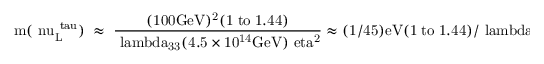
\mathrm { m ( \ n u _ { L } ^ { \ t a u } ) \; \approx \; \frac { ( 1 0 0 G e V ) ^ { 2 } ( 1 \; t o \; 1 . 4 4 ) } { \ l a m b d a _ { 3 3 } ( 4 . 5 \times 1 0 ^ { 1 4 } G e V ) \ e t a ^ { 2 } } \approx ( 1 / 4 5 ) e V ( 1 \; t o \; 1 . 4 4 ) / \ l a m b d a _ { 3 3 } \ e t a ^ { 2 } }